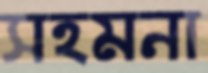
সহমনা